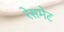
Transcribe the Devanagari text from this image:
रेसमेट